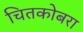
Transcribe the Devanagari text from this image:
चितकोबरा